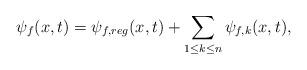
LaTeX: \begin{align*}\psi_f(x,t)=\psi_{f,reg}(x,t)+\sum\limits_{1\le k\le n}\psi_{f,k}(x,t),\end{align*}